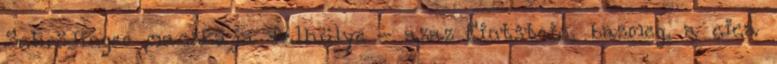
Schrödinger macskája félhülye - azaz Eintstein, bazmeg, a cica